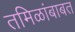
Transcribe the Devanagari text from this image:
तमिळांबाबत